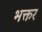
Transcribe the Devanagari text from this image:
भक्तर